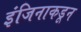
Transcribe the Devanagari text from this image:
इंजिनाकडून